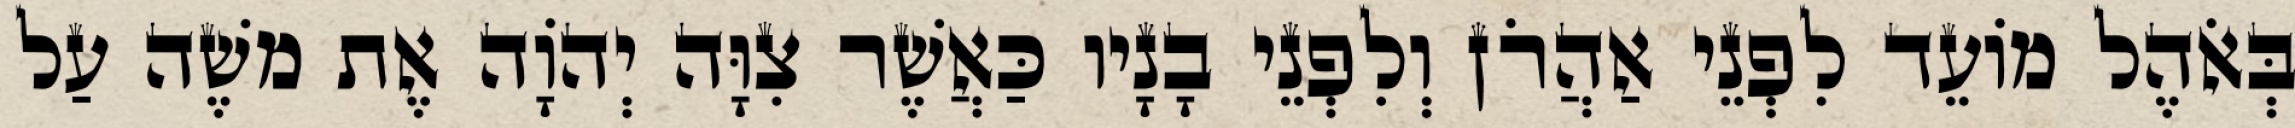
בְּאֹהֶל מוֹעֵד לִפְנֵי אַהֲרֹן וְלִפְנֵי בָנָיו כַּאֲשֶׁר צִוָּה יְהוָֹה אֶת משֶׁה עַל